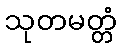
သုတမတ္တံ